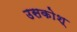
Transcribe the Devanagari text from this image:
उसकोश्